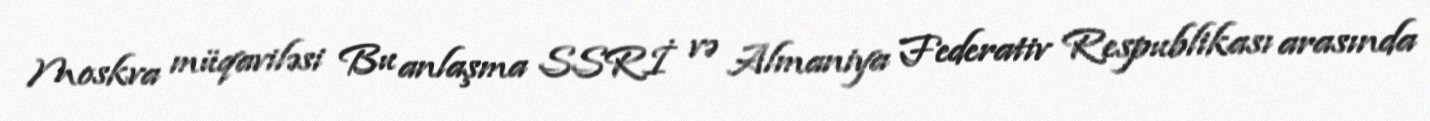
Moskva müqaviləsi Bu anlaşma SSRİ və Almaniya Federativ Respublikası arasında